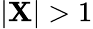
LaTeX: |\mathbf{X}|>1